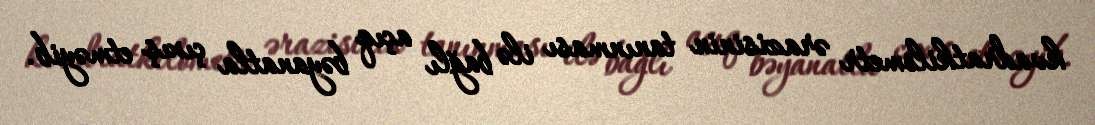
kvadratkilometr ərazisinin tanınması ilə bağlı açıq bəyanatla çıxış etməyib.